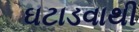
ઘટાડવાથી